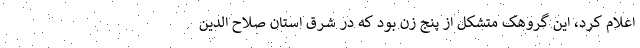
اعلام کرد، این گروهک متشکل از پنج زن بود که در شرق استان صلاح الدین